Illuka_vallavalitsus, lk 22
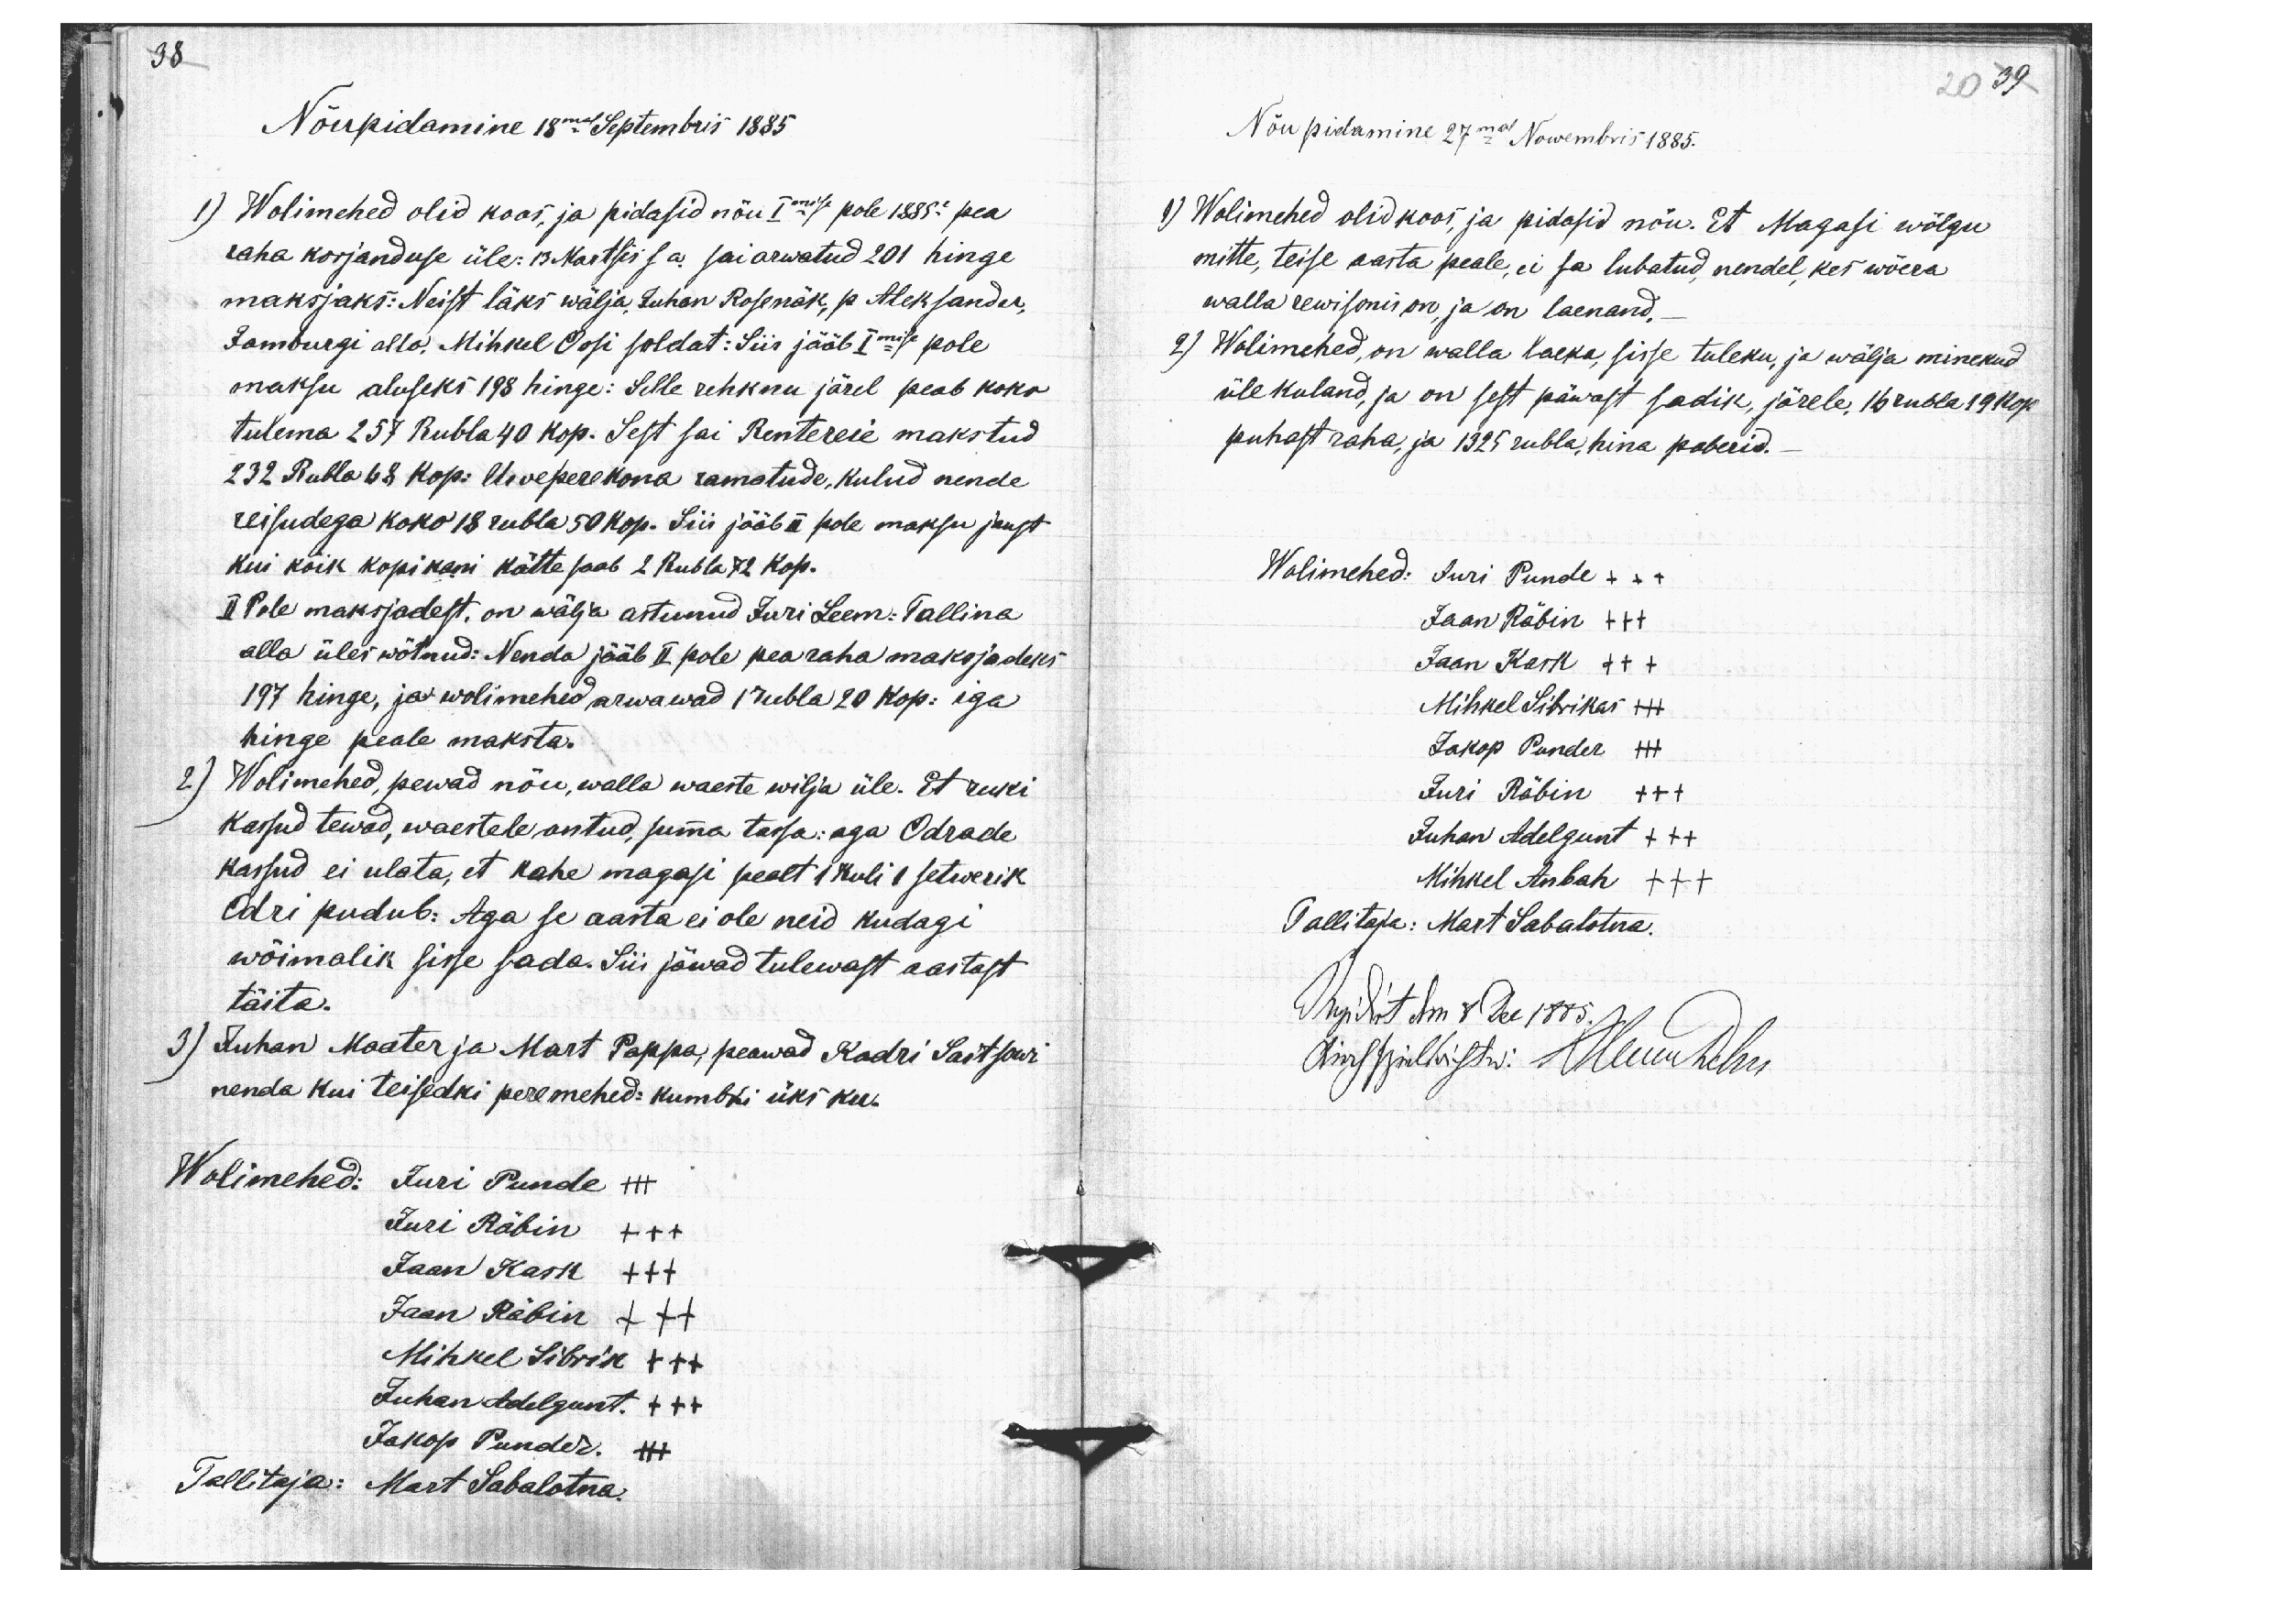
38
Nõupidamine 18mal Septembris 1885
1) Wolimehed olid koos, ja pidasid nõu Imise pole 1885 pea
raha korjanduse üle: 13 Martsis s a. sai arwatud 201 hinge
maksjaks: Neist läks wälja, Juhan Rosenäk, p Aleksander,
Jamburgi alla. Mihkel Oosi soldat: Siis jääb Imise pole
maksu aluseks 198 hinge: Selle rehknu järel peab koko
tulema 257 Rubla 40 kop. Sest sai Rentereie makstud
232 Rubla 68 kop: Uweperekona ramatude, kulud nende
reisudega koko 18 rubla 50 kop. Siis jääb II pole maksu jaust
kui kõik kopikani kätte saab 2 Rubla 72 kop.
II Pole maksjadest, on wälja astunud Juri Leem: Tallina
alla üles wõtnud: Nenda jääb II pole pea raha maksjadeks
197 hinge, ja wolimehed arwawad 1 rubla 20 kop: iga
hinge peale maksta.
2) Wolimehed, pewad nõu, walla waeste wilja üle. Et ruki
kassud tewad, waestele antud, summa tassa: aga Odrade
kassud ei ulata, et kahe magasi pealt 1 koli 1 setwerik
Odri pudub: Aga se aasta ei ole neid kudagi
wõimalik sisse sada. Siis jäwad tulewast aastast
täita.
3) Juhan Maater ja Mart Pappa, peawad Kadri Saitsowi
nenda kui teisedki peremehed: kumbki üks ku.
Wolimehed: Juri Punde +++
Juri Räbin +++
Jaan Kask +++
Jaan Räbin +++
Mihkel Sibrik +++
Juhan Adelgunt +++
Jakop Punder. +++
Tallitaja: Mart Sabalotna.

Nõu pidamine 27mal Nowembris 1885.
1) Wolimehed olid koos, ja pidasid nõu. Et Magasi wõlgu
mitte, teise aasta peale, ei sa lubatud nendel kes wõera
walla rewisonis on, ja on laenand.
2) Wolimehed, on walla laeka sisse tuleku, ja wälja minekud
üle kuland, ja on sest päwast sadik, järele, 16 rubla 19 kop.
puhast raha, ja 1325 rubla, hina paberid.
Wolimehed: Juri Punde +++
Jaan Räbin +++
Jaan Kask +++
Mihkel Sibrikas +++
Jakop Punder +++
Juri Räbin +++
Juhan Adelgunt +++
Mihkel Anbah +++
Tallitaja: Mart Sabalotna.